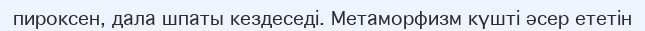
пироксен, дала шпаты кездеседі. Метаморфизм күшті әсер ететін